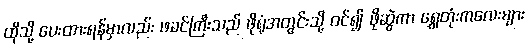
ထိုသို့ ပေးထားရန်မှာလည်း ဖခင်ကြီးသည် ဖိုရုံအတွင်းသို့ ဝင်၍ ဖိုဆွဲကာ ရွှေတုံးကလေးများ